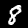
Digit: 8